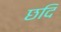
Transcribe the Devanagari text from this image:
छदि